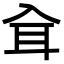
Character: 𦔵